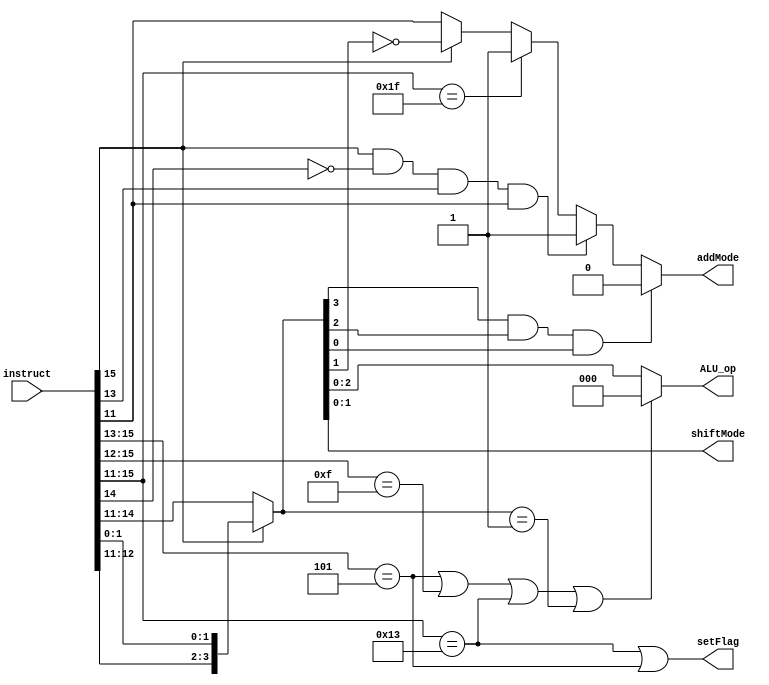
module ALU_control(instruct, ALU_op, addMode, shiftMode, setFlag);
    input [15:0] instruct;
    output [2:0] ALU_op;
    output addMode, setFlag;
    output [1:0] shiftMode;
    
    wire [3:0] temp_op;
    assign temp_op = (instruct[15]) ? {instruct[12:11], instruct[1:0]} : instruct[14:11];
                      //Branches
    assign ALU_op = ((instruct[15:13] == 3'b101) || 
                      //ST LD
                     (instruct[15:12] == 4'b1111) || 
                      //Set Ifs
                     (instruct[15:11] == 5'b10011) ||
                      //Sub
                     (temp_op == 4'b0001)) ? 3'b000 :
                     temp_op[2:0];
                     
    assign addModeTemp = (instruct[15]) ? ~temp_op[1] : instruct[11];
                     
                      //SEQ  SLE
    assign addMode = (temp_op[3] & temp_op[2] & temp_op[0]) ? 1'b0 : 
                       //BNEZ  BGEZ
                    ((instruct[15] & ~instruct[14] & instruct[13] & instruct[11]) ? 1'b1 : 
                       //LD
                    ((instruct[15:11] == 5'b11111) ? 1'b1 : 
                    addModeTemp));
    assign shiftMode = temp_op[1:0];
    assign setFlag = ((instruct[15:11] == 5'b10011) || (instruct[15:13] == 3'b101));
    
endmodule